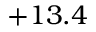
+ 1 3 . 4